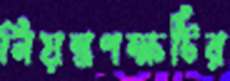
নিয়ন্ত্রণক্ষটির